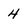
Character: 4